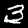
Label: 3